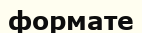
формате